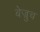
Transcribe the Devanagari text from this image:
बेज्रुच